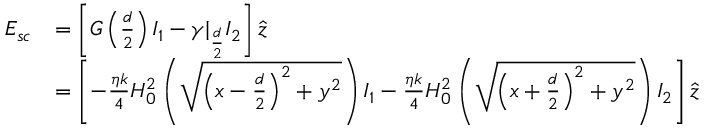
\begin{array} { r l } { \boldsymbol { E _ { s c } } } & { = \left[ G \left( \frac { d } { 2 } \right) I _ { 1 } - \gamma | _ { \frac { d } { 2 } } I _ { 2 } \right] \hat { z } } \\ & { = \left[ - \frac { \eta k } { 4 } H _ { 0 } ^ { 2 } \left( \sqrt { \left( x - \frac { d } { 2 } \right) ^ { 2 } + y ^ { 2 } } \right) I _ { 1 } - \frac { \eta k } { 4 } H _ { 0 } ^ { 2 } \left( \sqrt { \left( x + \frac { d } { 2 } \right) ^ { 2 } + y ^ { 2 } } \right) I _ { 2 } \right] \hat { z } } \end{array}